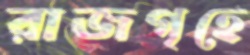
রাজগৃহে